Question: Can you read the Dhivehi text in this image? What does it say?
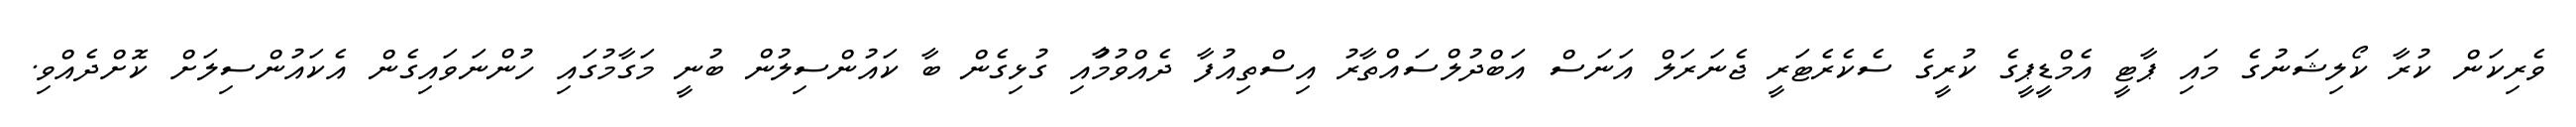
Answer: ވެރިކަން ކުރާ ކޯލިޝަނުގެ މައި ޕާޓީ އެމްޑީޕީގެ ކުރީގެ ސެކެރެޓަރީ ޖެނަރަލް އަނަސް އަބްދުލްސައްތާރު އިސްތިއުފާ ދެއްވުމުާއި ގުޅިގެން ބާ ކައުންސިލުން ބުނީ މަގާމުގައި ހުންނަވައިގެން އެކައުންސިލަށް ކޮށްދެއްވި.